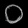
Digit: ၀